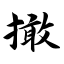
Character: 撖